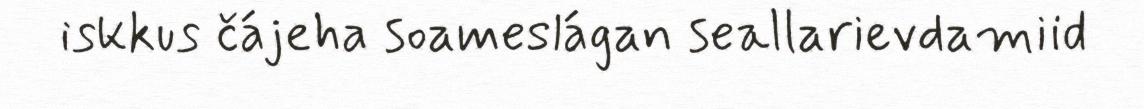
iskkus čájeha soameslágan seallarievdamiid